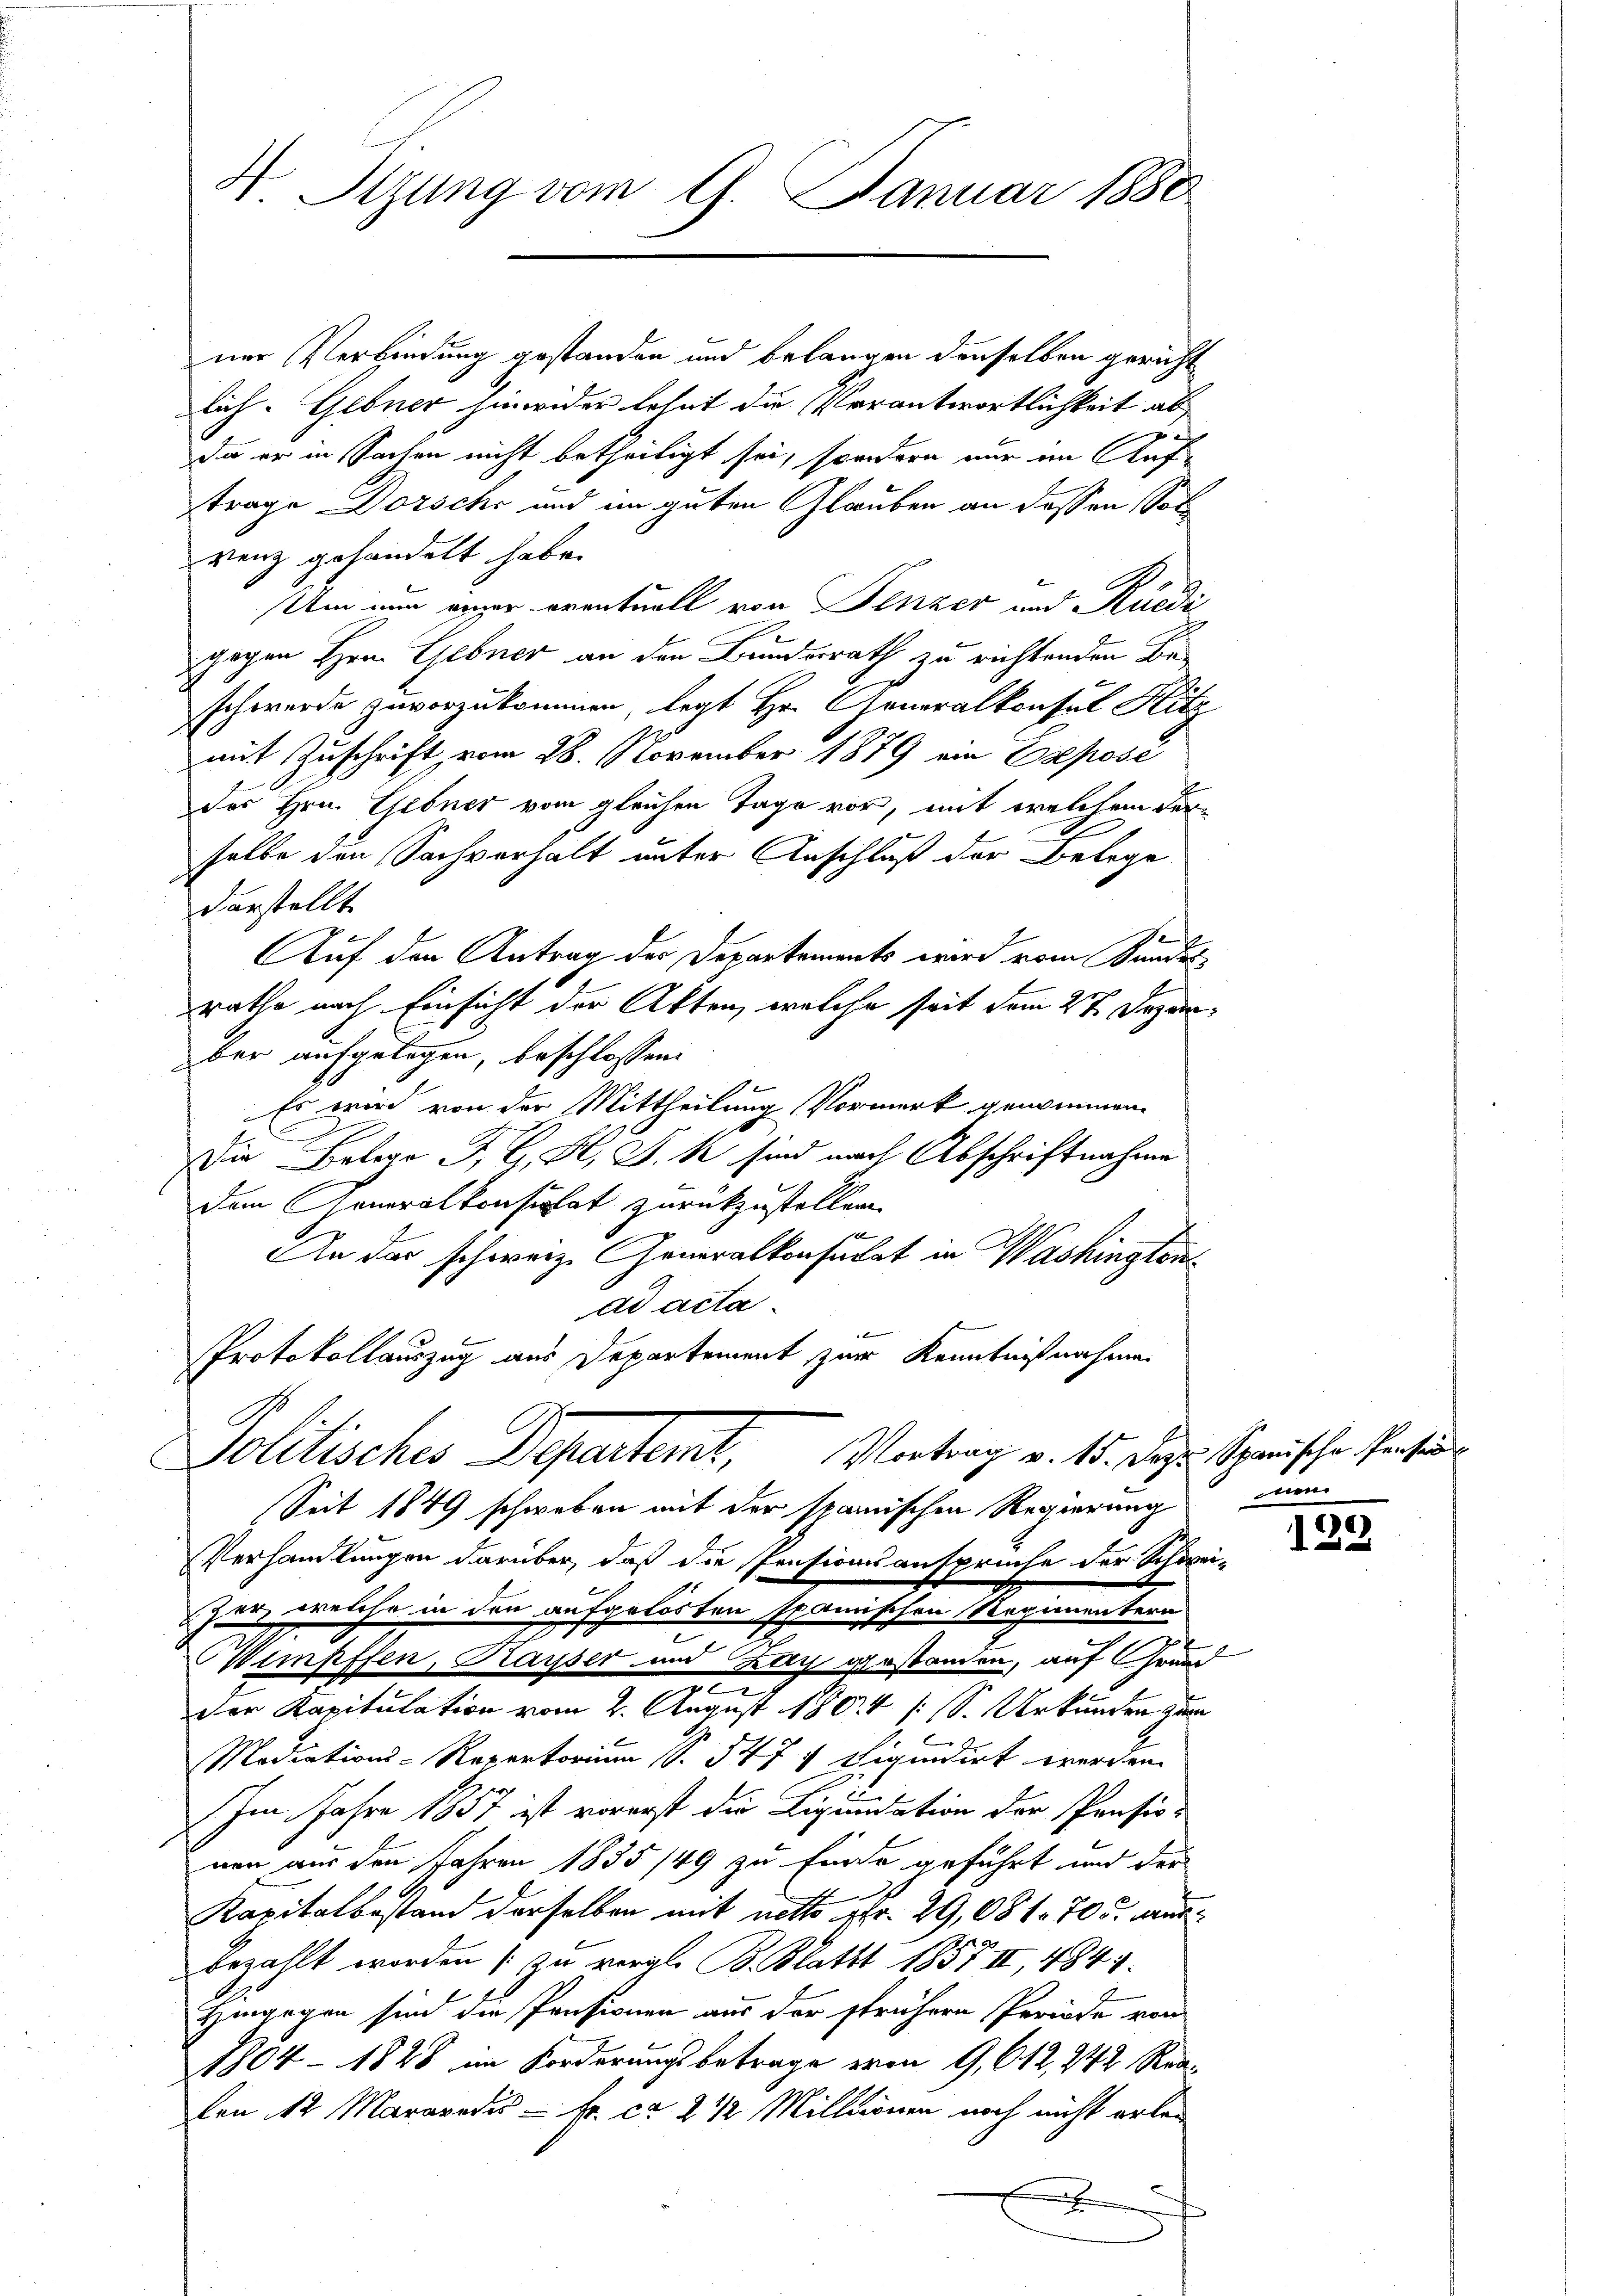
H. Sitzung vom 9. Januar 1880

ner Verbindung gestanden und belangen denselben gericht
lich. Gebner hinwider lehnt die Verantwortlichkeit ab
da er in Sachen nicht betheiligt sei, sondern nur in Auftrage Dorsche und im guten Glauben an dessen Solvenz gehandelt habe.
Um nun einer eventuell von Fenzer und Rüedi
gegen Hrn. Gebner an den Bunderath zu richtenden Beschwerde zuvorzukommen, legt Hr. Generalkonsul Kitz
mit Zuschrift vom 28. November 1879 ein Exposé
des Hrn. Gebner vom gleichen Tage vor, mit welchem derselbe den Sachverhalt unter Anschluß der Belege
darstellte
Auf den Antrag der Departements wird vom Bundesrathe nach Einsicht der Akten, welche seit dem 27. Dezem
ber aufgelegen, beschlossen:
Es wird von der Mittheilung Vormerk genommen.
.
Die Belege J. G. F. J. k sind nach Abschriftnahme
dem Generalkonsulat zurückzustellen.
6
An der schweiz. Generalkonsulat in Washingtons
ad acta
Protokollauszug aus Departement zur Kenntnißnahmen
Politisches Departemt, Vortrag v. 15. Dazu Spanische Person
Seit 1849 schweben mit der spanischen Regierung
Verhandlungen darüber, daß die Pensionsansprüche der Schön
zer, welche in den aufgelösten spanischen Regimentern
Wimpffen, Kayser und Zug gestanden, auf Grund

der Kapitulation vom 2. August 1804 1 S. Urkunden zur
Modiations-Repertorium S. 54 f. 4 dependirt werden.
r
Im Jahre 1857 ist vorerst die Liquidation der Pensis-
nen aus den Jahren 1835 /49 zu finde geführt und der
Kapitalbestand derselben mit nett 4fr. 29,081. 705. ausbezahlt worden (: zu vergl. B. Blatt 1857 II, 484.
Hingegen sind die Pensionen aus der frühern Periode von
1804 - 1828 im Forderungsbetrage von 9,612, 242 Reavon 12 Mararedis - Fr. ca. 2 1/2 Millionen noch nicht erle¬
F

nen

2
2

wo

u

122